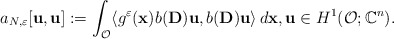
\begin{align*}a_{N,\varepsilon}[\mathbf{u},\mathbf{u}]:=\int _\mathcal{O}\langle g^\varepsilon (\mathbf{x})b(\mathbf{D})\mathbf{u},b(\mathbf{D})\mathbf{u}\rangle \,d\mathbf{x},\mathbf{u}\in H^1(\mathcal{O};\mathbb{C}^n).\end{align*}